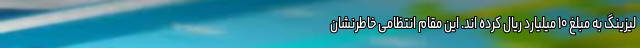
لیزینگ به مبلغ ۱۰ میلیارد ریال کرده اند. این مقام انتظامی خاطرنشان